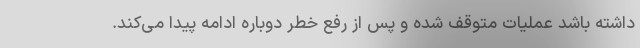
داشته باشد عملیات متوقف شده و پس از رفع خطر دوباره ادامه پیدا می‌کند.